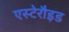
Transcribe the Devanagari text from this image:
एस्टेरौइड